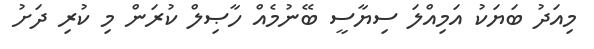
މިއަދު ބަޔަކު އަމިއްލަ ސިޔާސީ ބޭނުމެއް ހާޞިލް ކުރަން މި ކުރި ދަށު